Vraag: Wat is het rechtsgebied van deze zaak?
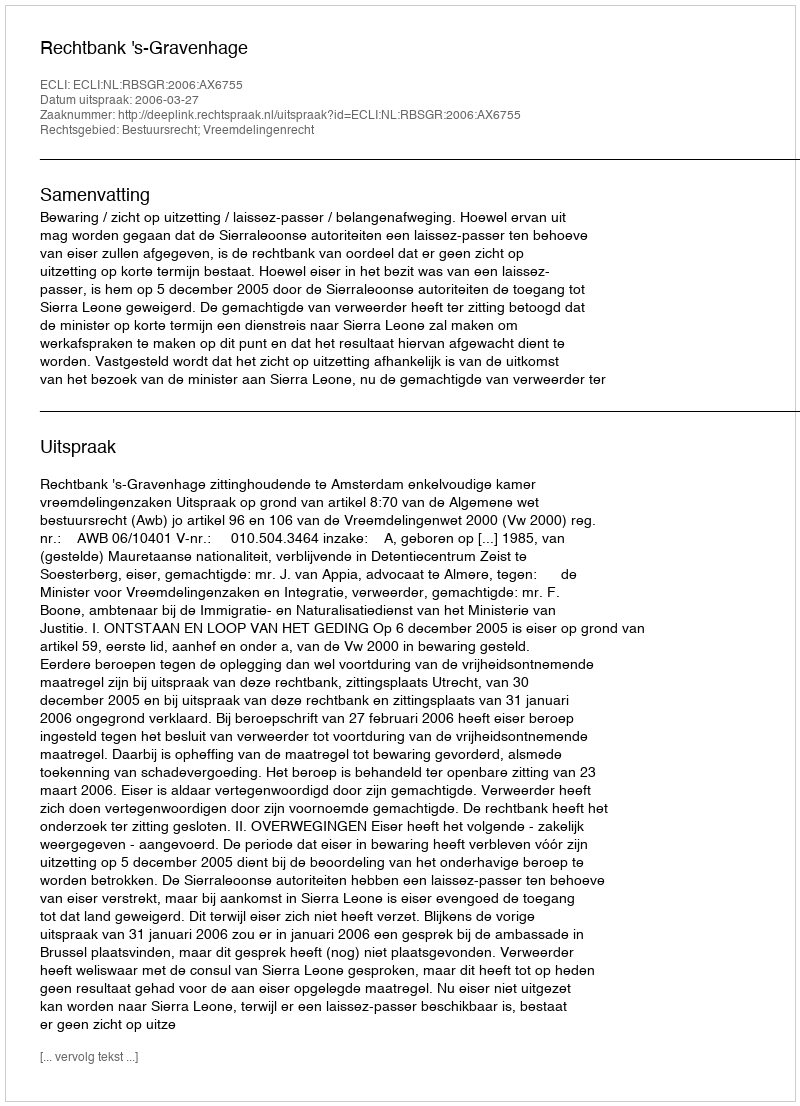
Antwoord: Bestuursrecht; Vreemdelingenrecht